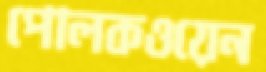
পোলকওয়েন